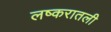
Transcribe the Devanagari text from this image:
लष्करातली